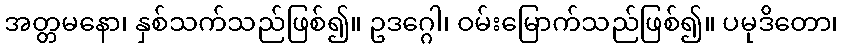
အတ္တမနော၊ နှစ်သက်သည်ဖြစ်၍။ ဥဒဂ္ဂေါ၊ ဝမ်းမြောက်သည်ဖြစ်၍။ ပမုဒိတော၊